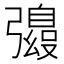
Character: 𫹀